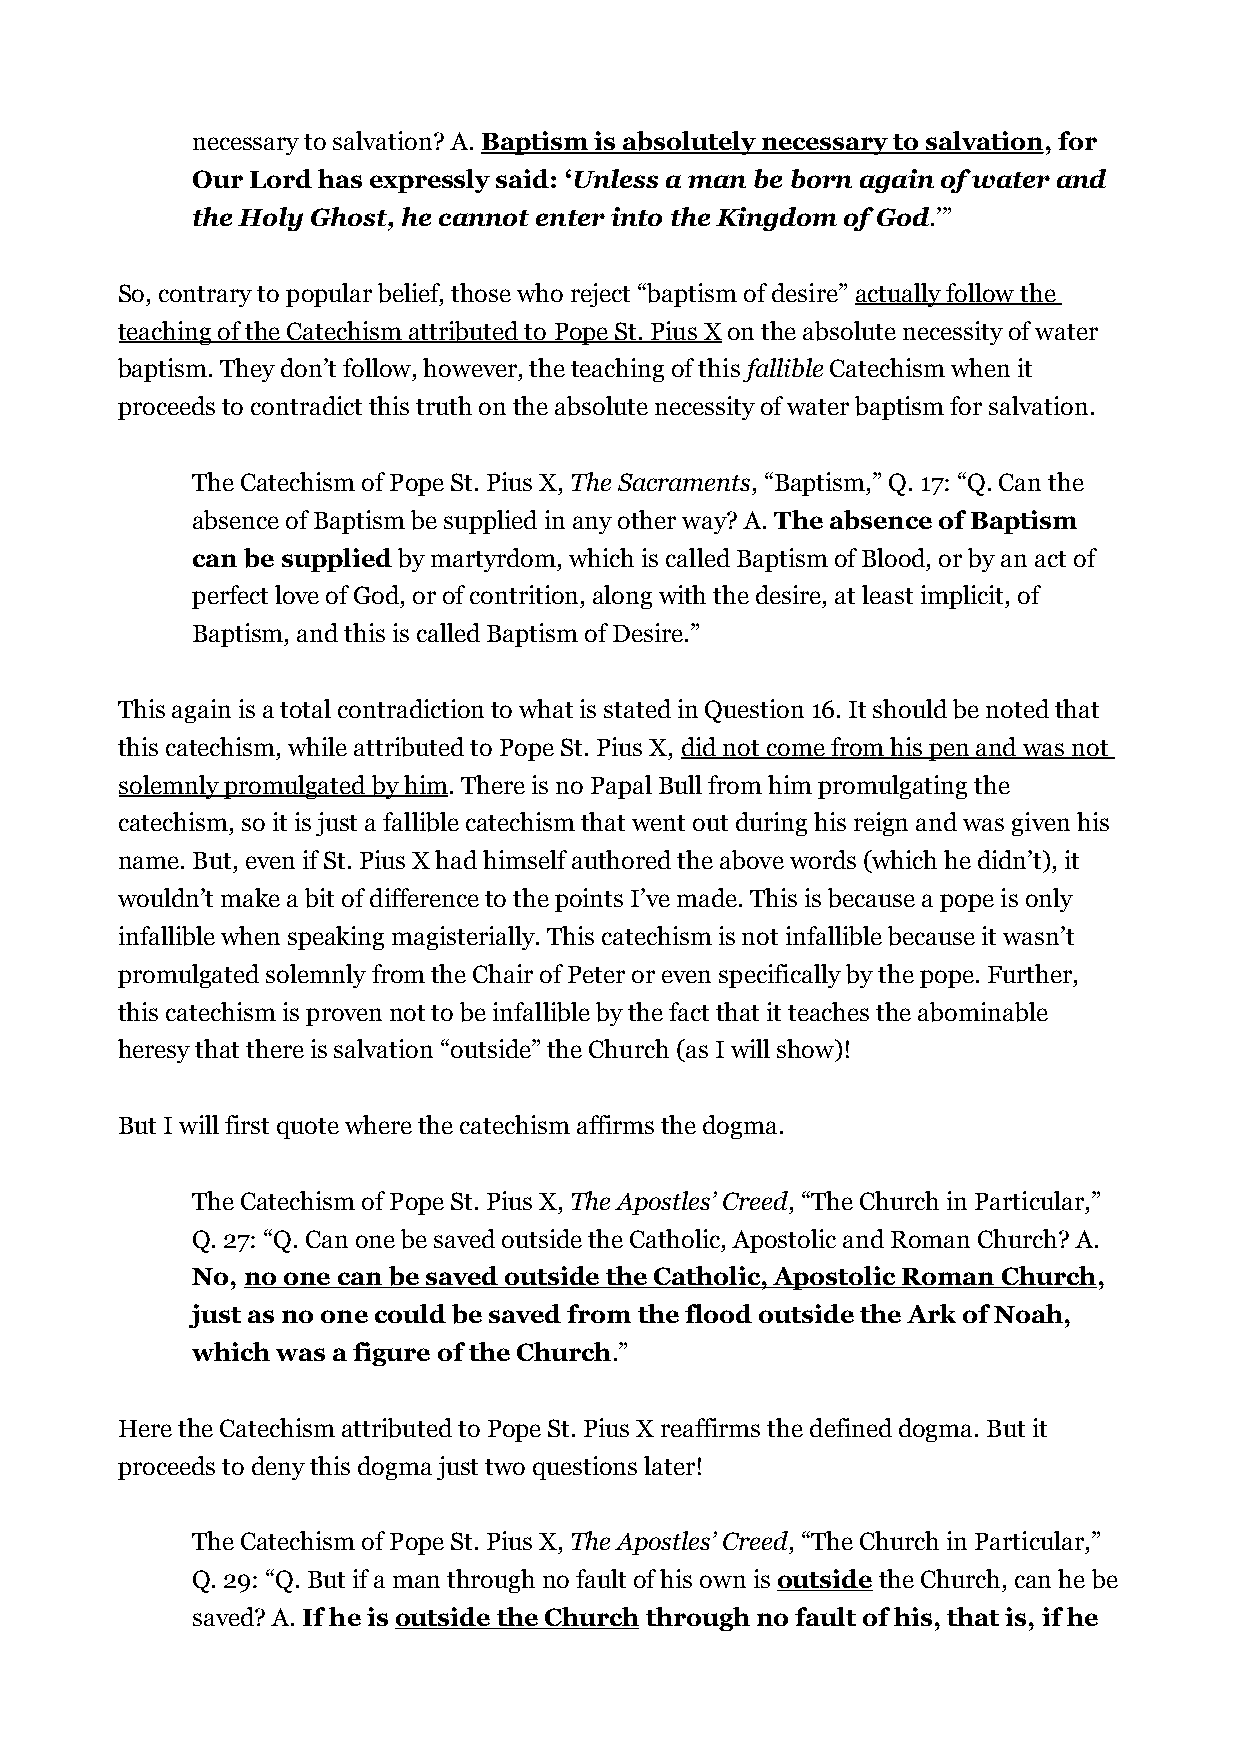
necessary to salvation? A. Baptism is absolutely necessary to salvation, for
 Our Lord has expressly said: ‘Unless a man be born again of water and
 the Holy Ghost, he cannot enter into the Kingdom of God.’”
 So, contrary to popular belief, those who reject “baptism of desire” actually follow the
 teaching of the Catechism attributed to Pope St. Pius X on the absolute necessity of water
 baptism. They don’t follow, however, the teaching of this fallible Catechism when it
 proceeds to contradict this truth on the absolute necessity of water baptism for salvation.
 The Catechism of Pope St. Pius X, The Sacraments, “Baptism,” Q. 17: “Q. Can the
 absence of Baptism be supplied in any other way? A. The absence of Baptism
 can be supplied by martyrdom, which is called Baptism of Blood, or by an act of
 perfect love of God, or of contrition, along with the desire, at least implicit, of
 Baptism, and this is called Baptism of Desire.”
 This again is a total contradiction to what is stated in Question 16. It should be noted that
 this catechism, while attributed to Pope St. Pius X, did not come from his pen and was not
 solemnly promulgated by him. There is no Papal Bull from him promulgating the
 catechism, so it is just a fallible catechism that went out during his reign and was given his
 name. But, even if St. Pius X had himself authored the above words (which he didn’t), it
 wouldn’t make a bit of difference to the points I’ve made. This is because a pope is only
 infallible when speaking magisterially. This catechism is not infallible because it wasn’t
 promulgated solemnly from the Chair of Peter or even specifically by the pope. Further,
 this catechism is proven not to be infallible by the fact that it teaches the abominable
 heresy that there is salvation “outside” the Church (as I will show)!
 But I will first quote where the catechism affirms the dogma.
 The Catechism of Pope St. Pius X, The Apostles’ Creed, “The Church in Particular,”
 Q. 27: “Q. Can one be saved outside the Catholic, Apostolic and Roman Church? A.
 No, no one can be saved outside the Catholic, Apostolic Roman Church,
 just as no one could be saved from the flood outside the Ark of Noah,
 which was a figure of the Church.”
 Here the Catechism attributed to Pope St. Pius X reaffirms the defined dogma. But it
 proceeds to deny this dogma just two questions later!
 The Catechism of Pope St. Pius X, The Apostles’ Creed, “The Church in Particular,”
 Q. 29: “Q. But if a man through no fault of his own is outside the Church, can he be
 saved? A. If he is outside the Church through no fault of his, that is, if he